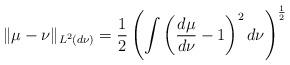
LaTeX: \begin{align*} \|\mu- \nu\|_{L^2(d\nu)} = \frac{1}{2}\left(\int \left(\frac{d\mu}{d\nu}-1\right)^2d\nu\right)^{\frac{1}{2}}\end{align*}